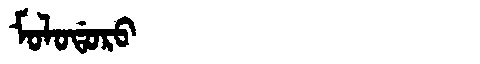
Manchu: ᠮᠣᠯᠣᡩᠣᡵᠣ
Romanization: MOLODORO